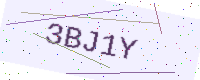
Text: 3BJ1Y